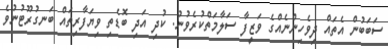
ސަބަބުން އެތައް ދިވެހިންނެއްގެ ވަޒީފާ ސަލާމަތްކުރެވުނު. ކުދި އަދި ބޮޑެތި ވިޔަފާރިތައް ބަނގުރޫޓުނުވެ